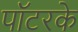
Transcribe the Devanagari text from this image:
पॉटरके